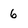
Character: 6